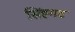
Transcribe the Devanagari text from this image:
सिंह्गड